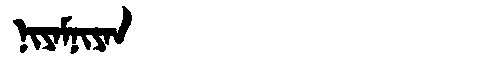
Manchu: ᠨᡳᠶᠠᠮᠨᡳᠶᠠᠨ
Romanization: NIYAMNIYAN